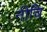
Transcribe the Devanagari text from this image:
नीचि